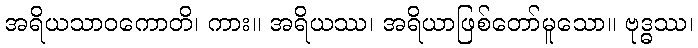
အရိယသာဝကောတိ၊ ကား။ အရိယဿ၊ အရိယာဖြစ်တော်မူသော။ ဗုဒ္ဓဿ၊